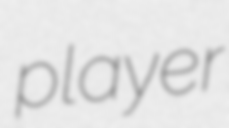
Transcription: player